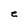
Character: e